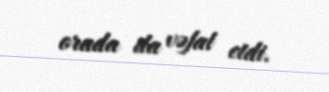
orada da vəfat etdi.